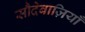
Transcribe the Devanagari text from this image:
सौदेबाज़ियाँ